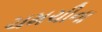
ચમચીના